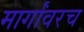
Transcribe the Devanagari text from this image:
मार्गांवरच